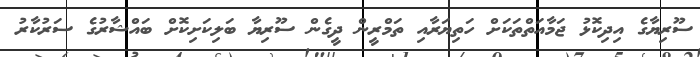
ސޫރިޔާގެ އިދިކޮޅު ޖަމާއަތްތަކަށް ހަތިޔަރާއި ތަމްރީން ދީގެން ސޫރިޔާ ބަލިކަށިކޮށް ބައްޝާރުގެ ސަރުކާރު